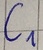
Text: C1